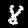
Label: 8